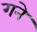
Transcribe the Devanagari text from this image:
गने